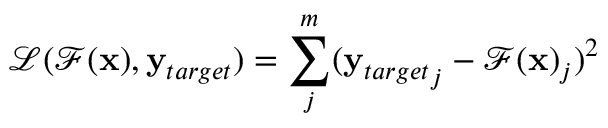
\mathcal { L } ( \mathcal { F } ( \mathbf { x } ) , \mathbf { y } _ { t a r g e t } ) = \sum _ { j } ^ { m } ( { \mathbf { y } _ { t a r g e t } } _ { j } - \mathcal { F } ( \mathbf { x } ) _ { j } ) ^ { 2 }